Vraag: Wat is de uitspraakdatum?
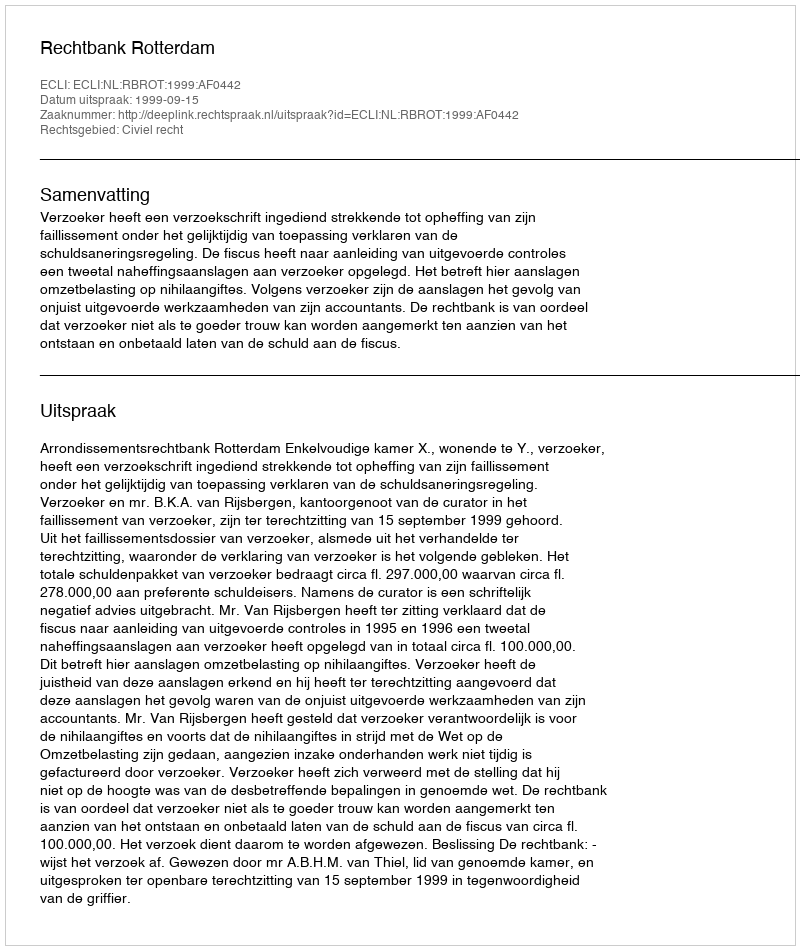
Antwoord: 1999-09-15